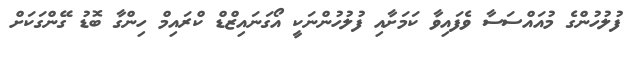
ފުލުހުންގެ މުއައްސަސާ ވެފައިވާ ކަމަށާއި ފުލުހުންނަކީ އޯގަނައިޒްޑް ކްރައިމް ހިންގާ ބޮޑު ގޭންގަކަށް